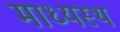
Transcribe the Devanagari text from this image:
माध्यस्थ